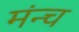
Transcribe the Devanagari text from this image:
मंन्च